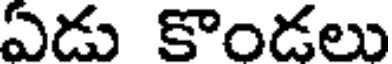
ఏడు కొండలు